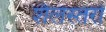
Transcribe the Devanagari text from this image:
शैलस्तरों